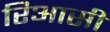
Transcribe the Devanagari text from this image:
रिआसी